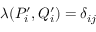
\lambda ( P _ { i } ^ { \prime } , Q _ { i } ^ { \prime } ) = \delta _ { i j }